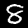
Digit: 8